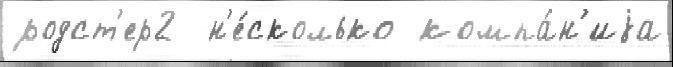
родст'ер2  н'е́сколько компа́н'иjа